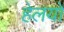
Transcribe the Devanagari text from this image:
हेलयो